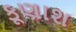
કૂણાશ